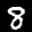
Label: 8